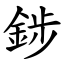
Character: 䤮